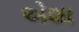
એશા